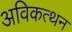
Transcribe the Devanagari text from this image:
अविकत्थन